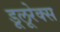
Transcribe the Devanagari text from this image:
डूलूरेक्स